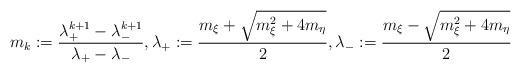
LaTeX: \begin{align*} m_k := \frac{\lambda_+^{k+1}-\lambda_-^{k+1}}{\lambda_+-\lambda_-} , \lambda_+ := \frac{m_\xi+\sqrt{m_\xi^2+4m_\eta}}{2} , \lambda_- := \frac{m_\xi-\sqrt{m_\xi^2+4m_\eta}}{2} \end{align*}